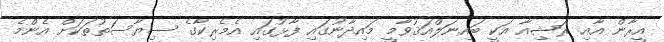
އީރާން އާއި ރަޝިއާ އަކީ ބައިނަލްއަޤުވާމީ މައިދާނުގައި ފާޅުގައި އެމެރިކާގެ ސިޔާސަތުތަކަށް އެންމެ